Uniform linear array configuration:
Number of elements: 16
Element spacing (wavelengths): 1
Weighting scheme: hann
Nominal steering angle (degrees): -45
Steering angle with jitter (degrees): -44.468
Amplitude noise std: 0.05
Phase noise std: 0.05

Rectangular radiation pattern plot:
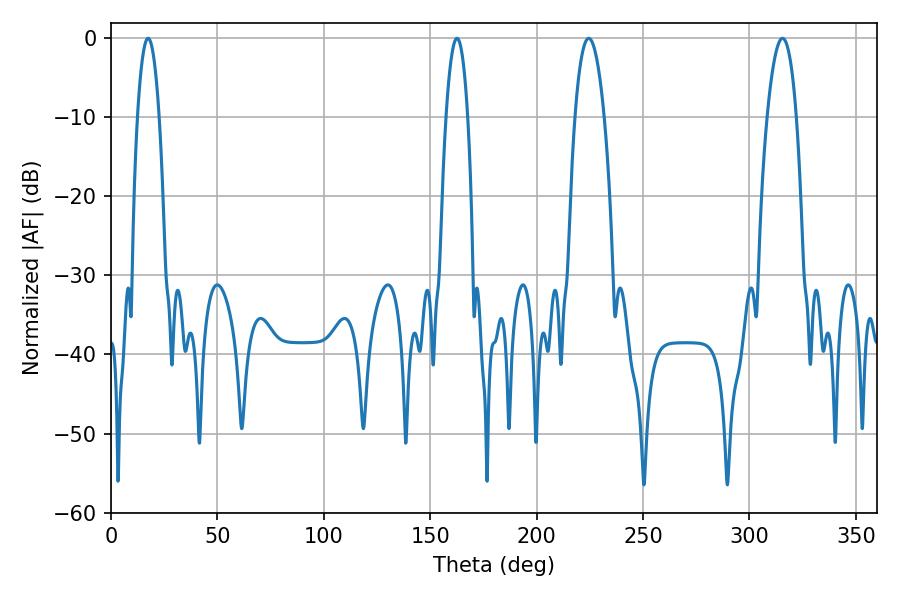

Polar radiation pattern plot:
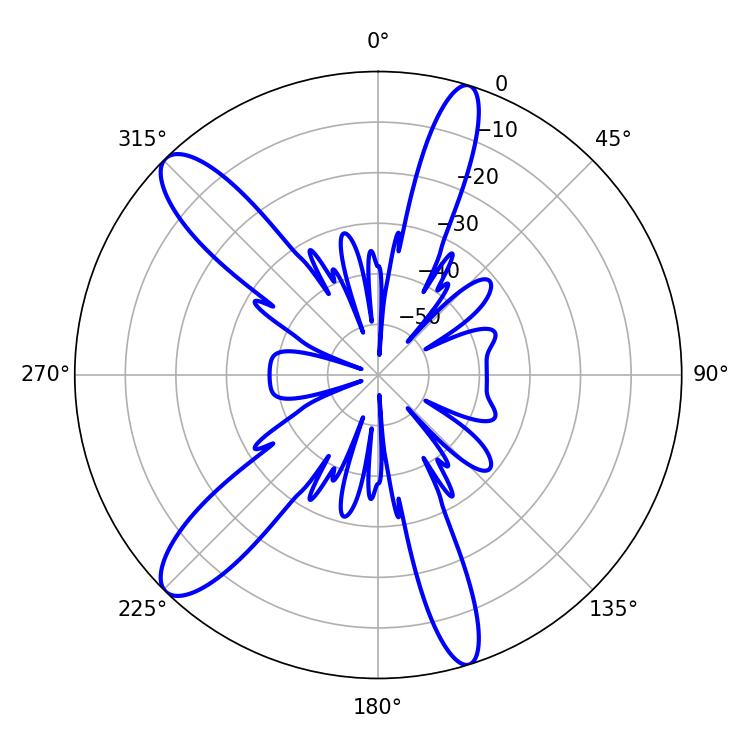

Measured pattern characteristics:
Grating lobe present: TRUE
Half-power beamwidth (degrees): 7.56
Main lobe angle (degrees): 224.46